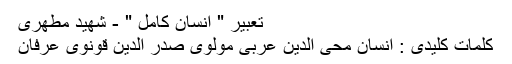
تعبير " انسان كامل " - شهید مطهری
کلمات کليدی : انسان محی الدین عربی مولوی صدر الدین قونوی عرفان